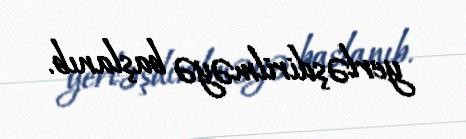
yerləşdirilməyə başlanıb.